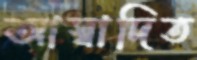
আস্বাদিত